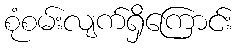
စုံစမ်းလျက်ရှိကြောင်း